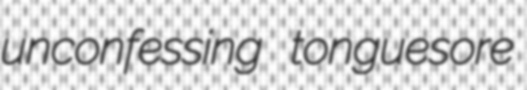
unconfessing tonguesore